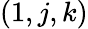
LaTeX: (1,j,k)